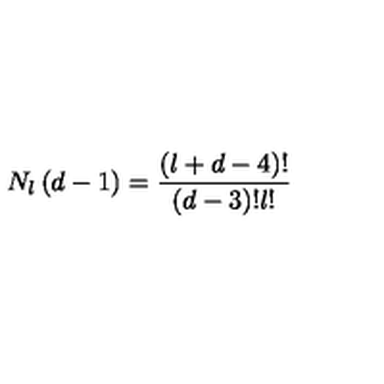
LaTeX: N _ { l } \left( d - 1 \right) = \frac { \left( l + d - 4 \right) ! } { \left( d - 3 \right) ! l ! }